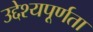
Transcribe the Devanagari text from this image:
उद्देश्यपूर्णता